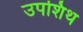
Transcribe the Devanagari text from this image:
उपशिथ